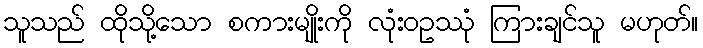
သူသည် ထိုသို့သော စကားမျိုးကို လုံးဝဥဿုံ ကြားချင်သူ မဟုတ်။